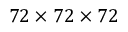
7 2 \times 7 2 \times 7 2